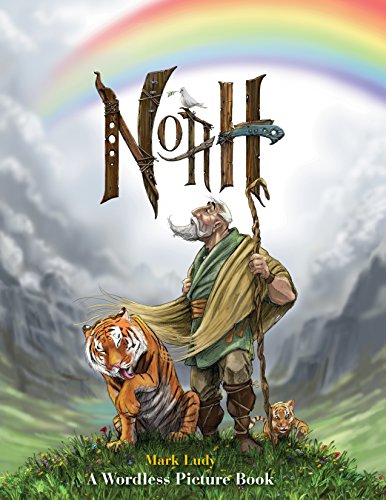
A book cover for Noah: A Wordless Picture Book; Mark Ludy; Children's Books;